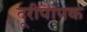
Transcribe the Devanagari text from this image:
दूरीपापक